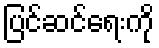
ပြင်ဆင်ရေးကို